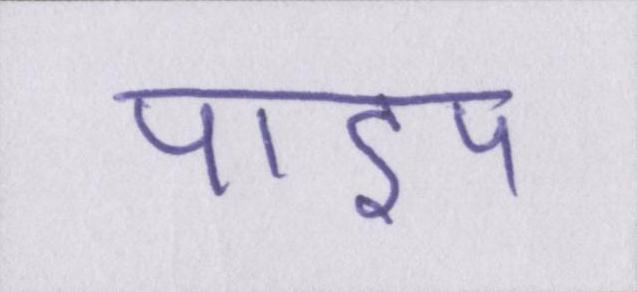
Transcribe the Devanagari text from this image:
पाइप